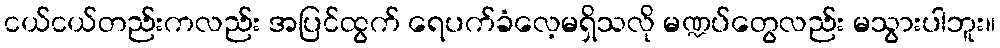
ငယ်ငယ်တည်းကလည်း အပြင်ထွက် ရေပက်ခံလေ့မရှိသလို မဏ္ဍပ်တွေလည်း မသွားပါဘူး။